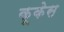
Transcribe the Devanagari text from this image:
कूकेस